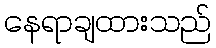
နေရာချထားသည်